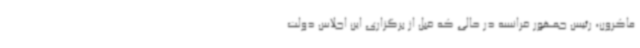
ماکرون، رئیس جمهور فرانسه در حالی که قبل از برگزاری این اجلاس دولت